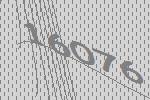
16076